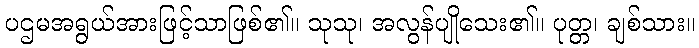
ပဌမအရွယ်အားဖြင့်သာဖြစ်၏။ သုသု၊ အလွန်ပျိုသေး၏။ ပုတ္တ၊ ချစ်သား။